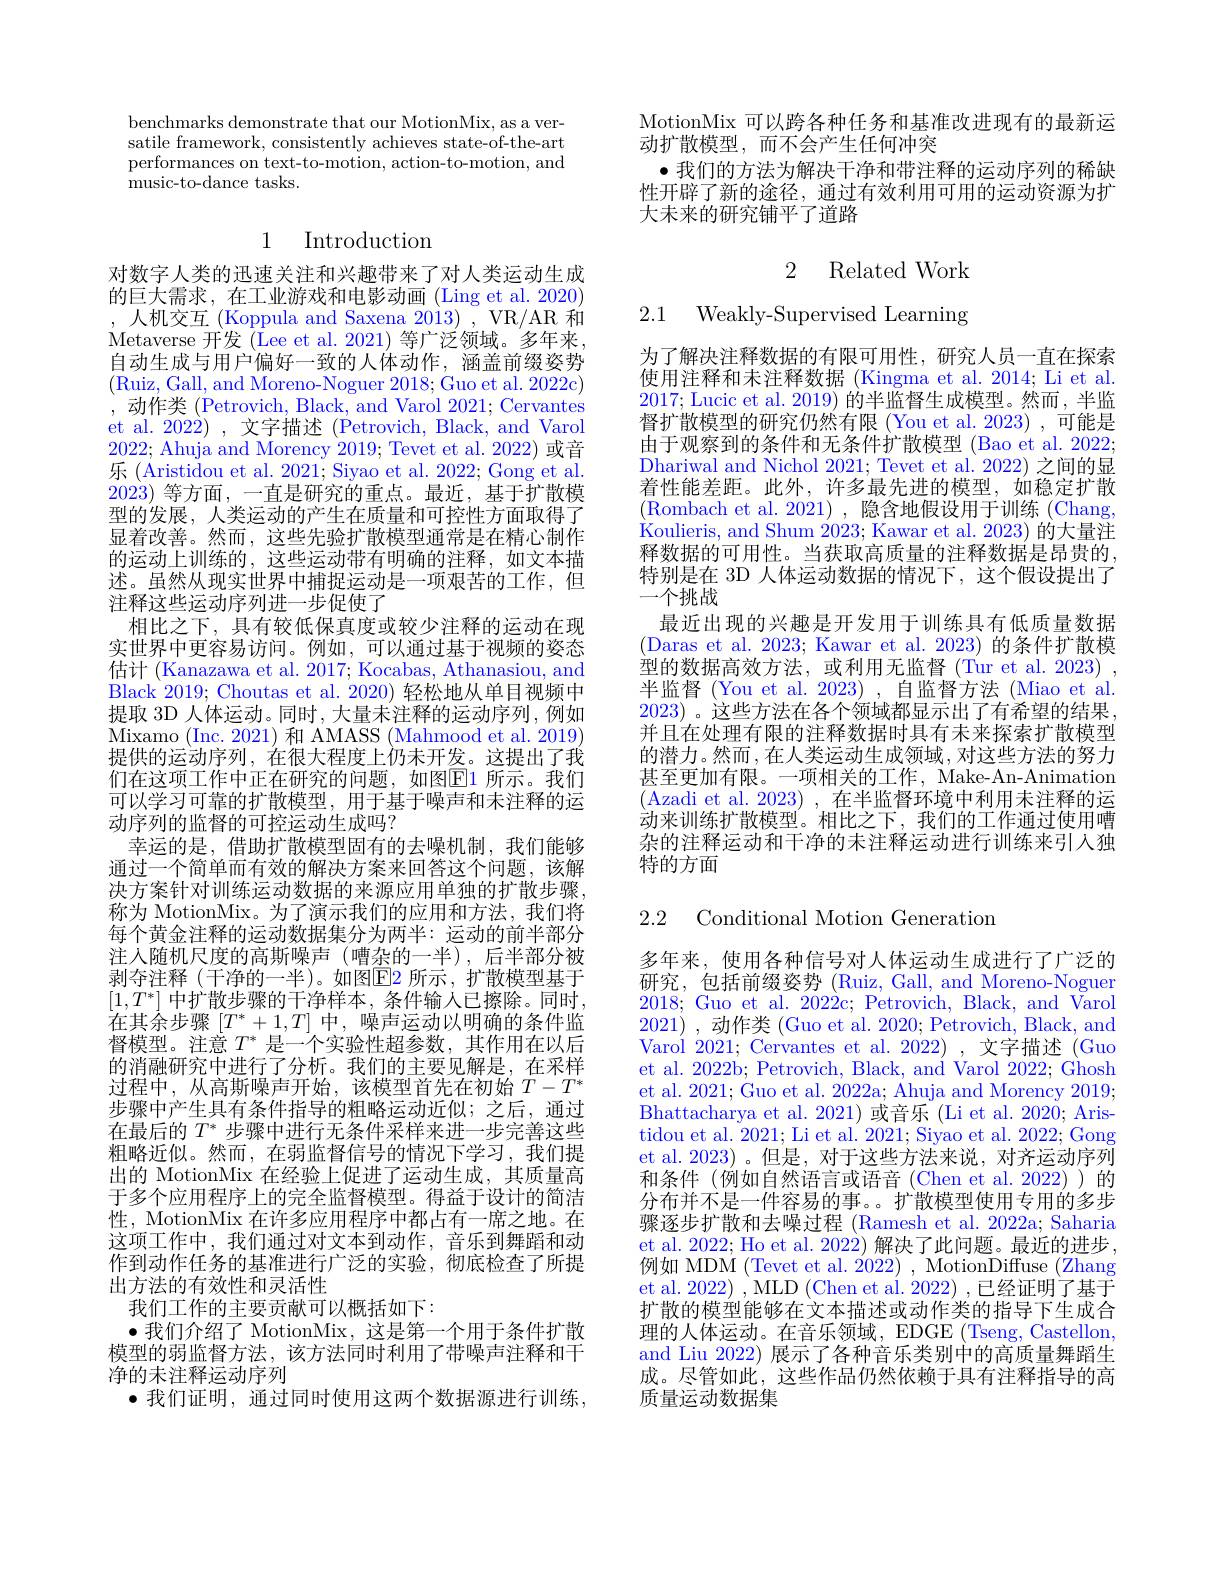
benchmarks demonstrate that our MotionMix, as a versatile framework, consistently achieves state-of-the-art performances on text-to-motion, action-to-motion, and music-to-dance tasks.

## 1 Introduction

对数字人类的迅速关注和兴趣带来了对人类运动生成的巨大需求，在工业游戏和电影动画(Ling et al. 2020) ,人机交互 (Koppula and Saxena 2013) , VR/AR 和Metaverse 开发(Lee et al. 2021) 等广泛领域。多年来， 自动生成与用户偏好一致的人体动作，涵盖前缀姿势(Ruiz, Gall, and Moreno-Noguer 2018; Guo et al. 2022c) ,动作类 (Petrovich, Black, and Varol 2021; Cervantes et al. 2022) , 文字描述 (Petrovich, Black, and Varol 2022; Ahuja and Morency 2019; Tevet et al. 2022) 或音乐 (Aristidou et al. 2021; Siyao et al. 2022; Gong et al. 2023)等方面，一直是研究的重点。最近，基于扩散模型的发展，人类运动的产生在质量和可控性方面取得了显着改善。然而，这些先验扩散模型通常是在精心制作的运动上训练的，这些运动带有明确的注释，如文本描述。虽然从现实世界中捕捉运动是一项艰苦的工作，但注释这些运动序列进一步促使了
相比之下，具有较低保真度或较少注释的运动在现实世界中更容易访问。例如，可以通过基于视频的姿态估计 (Kanazawa et al. 2017; Kocabas, Athanasiou, and Black 2019; Choutas et al. 2020) 轻松地从单目视频中提取 3D 人体运动。同时，大量未注释的运动序列，例如Mixamo (Inc. 2021) 和 AMASS (Mahmood et al. 2019) 提供的运动序列，在很大程度上仍未开发。这提出了我们在这项工作中正在研究的问题，如图$\boxed{\mathrm{E}}1$ 所示。我们可以学习可靠的扩散模型，用于基于噪声和未注释的运动序列的监督的可控运动生成吗？
幸运的是，借助扩散模型固有的去噪机制，我们能够通过一个简单而有效的解决方案来回答这个问题，该解决方案针对训练运动数据的来源应用单独的扩散步骤， 称为 MotionMix。为了演示我们的应用和方法，我们将每个黄金注释的运动数据集分为两半：运动的前半部分注入随机尺度的高斯噪声 (嘈杂的一半),后半部分被剥夺注释 (干净的一半)。如图$\boxed{\mathrm{E}}$2 所示，扩散模型基于$[1,T^*]$中扩散步骤的干净样本，条件输入已擦除。同时， 在其余步骤$\left[T^*+1,T\right]$中，噪声运动以明确的条件监督模型。注意$T^*$是一个实验性超参数，其作用在以后的消融研究中进行了分析。我们的主要见解是，在采样过程中，从高斯噪声开始，该模型首先在初始$T-T^*$ 步骤中产生具有条件指导的粗略运动近似；之后，通过在最后的$T^*$步骤中进行无条件采样来进一步完善这些粗略近似。然而，在弱监督信号的情况下学习，我们提出的 MotionMix 在经验上促进了运动生成，其质量高于多个应用程序上的完全监督模型。得益于设计的简洁性，MotionMix 在许多应用程序中都占有一席之地。在这项工作中，我们通过对文本到动作，音乐到舞蹈和动作到动作任务的基准进行广泛的实验，彻底检查了所提出方法的有效性和灵活性
我们工作的主要贡献可以概括如下：
$\bullet$我们介绍了 MotionMix,这是第一个用于条件扩散模型的弱监督方法，该方法同时利用了带噪声注释和干净的未注释运动序列
$\bullet$我们证明，通过同时使用这两个数据源进行训练，

MotionMix 可以跨各种任务和基准改进现有的最新运
动扩散模型，而不会产生任何冲突
$\bullet$我们的方法为解决干净和带注释的运动序列的稀缺性开辟了新的途径，通过有效利用可用的运动资源为扩大未来的研究铺平了道路

2 Related Work

2.1 Weakly-Supervised Learning

为了解决注释数据的有限可用性，研究人员一直在探索使用注释和未注释数据 (Kingma et al. 2014; Li et al 2017; Lucic et al. 2019) 的半监督生成模型。然而，半监督扩散模型的研究仍然有限 (You et al. 2023) ,可能是由于观察到的条件和无条件扩散模型 (Bao et al. 2022; Dhariwal and Nichol 2021; Tevet et al. 2022) 之间的显着性能差距。此外，许多最先进的模型，如稳定扩散(Rombach et al. 2021), 隐含地假设用于训练 (Chang, $\dot{\text{Koulieris, and Shum 2023; Kawar et al. 2023) 的大量注}}$ 释数据的可用性。当获取高质量的注释数据是昂贵的， 特别是在 3D 人体运动数据的情况下，这个假设提出了一个挑战
最近出现的兴趣是开发用于训练具有低质量数据(Daras et al. 2023; Kawar et al. 2023) 的条件扩散模型的数据高效方法，或利用无监督(Tur et al. 2023) 半监督 (You et al. 2023) , 自监督方法 (Miao et al. 2023) 。这些方法在各个领域都显示出了有希望的结果并且在处理有限的注释数据时具有未来探索扩散模型的潜力。然而，在人类运动生成领域，对这些方法的努力甚至更加有限。一项相关的工作，Make-An-Animation (Azadi et al. 2023), 在半监督环境中利用未注释的运动来训练扩散模型。相比之下，我们的工作通过使用嘈杂的注释运动和干净的未注释运动进行训练来引入独特的方面

2.2 Conditional Motion Generation

多年来，使用各种信号对人体运动生成进行了广泛的研究，包括前缀姿势 (Ruiz, Gall, and Moreno-Noguer 2018; Guo et al. 2022c; Petrovich, Black, and Varol 2021) ,动作类 (Guo et al. 2020; Petrovich, Black, and Varol 2021; Cervantes et al. 2022) , 文字描述 (Guo et al. 2022b; Petrovich, Black, and Varol 2022; Ghosh et al. 2021; Guo et al. 2022a; Ahuja and Morency 2019; Bhattacharya et al. 2021) 或音乐 (Li et al. 2020; Aristidou et al. 2021; Li et al. 2021; Siyao et al. 2022; Gong et al. 2023)。但是，对于这些方法来说，对齐运动序列和条件(例如自然语言或语音(Chen et al.2022))的分布并不是一件容易的事。扩散模型使用专用的多步骤逐步扩散和去噪过程 (Ramesh et al. 2022a; Saharia et al. 2022; Ho et al. 2022) 解决了此问题。最近的进步， 例如 MDM (Tevet et al. 2022) , MotionDiffuse (Zhang et al. 2022) , MLD (Chen et al. 2022) , 已经证明了基于扩散的模型能够在文本描述或动作类的指导下生成合理的人体运动。在音乐领域，EDGE (Tseng, Castellon, and Liu 2022) 展示了各种音乐类别中的高质量舞蹈生成。尽管如此，这些作品仍然依赖于具有注释指导的高质量运动数据集